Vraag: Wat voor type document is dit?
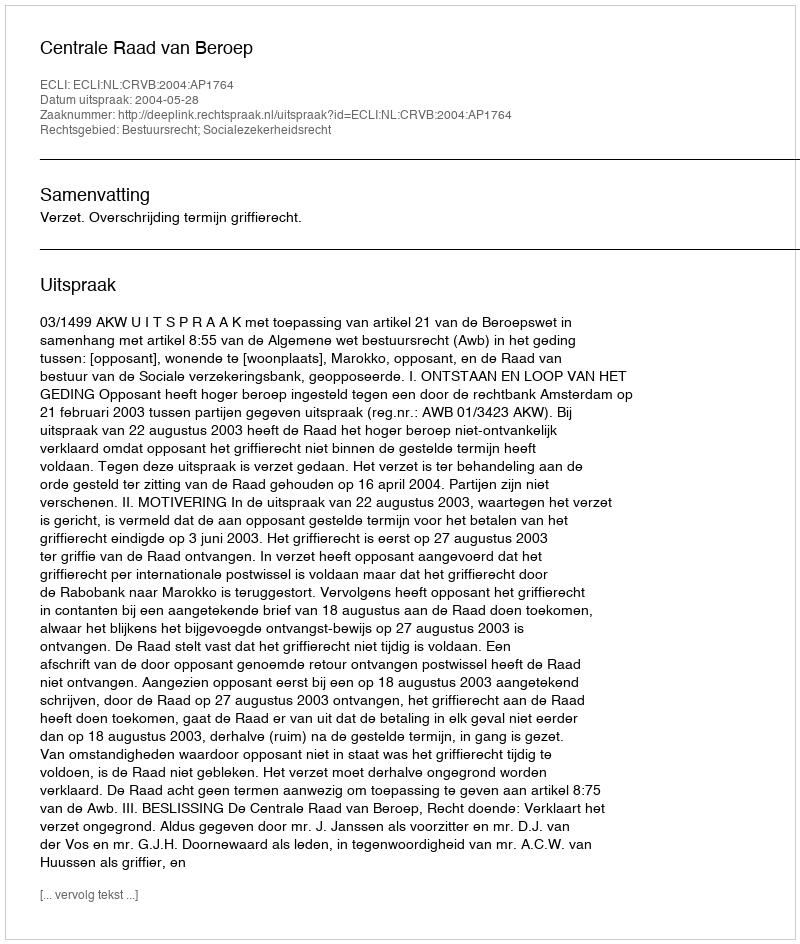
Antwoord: Uitspraak